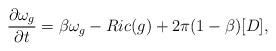
LaTeX: \begin{align*}{{\partial \omega_g}\over {\partial t}} = \beta\omega_g - Ric(g)+ 2\pi(1-\beta)[D],\end{align*}